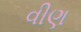
વીણ